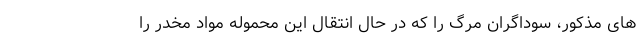
های مذکور، سوداگران مرگ را که در حال انتقال این محموله مواد مخدر را